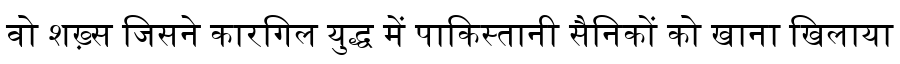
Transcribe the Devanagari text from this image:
वो शख़्स जिसने कारगिल युद्ध में पाकिस्तानी सैनिकों को खाना खिलाया